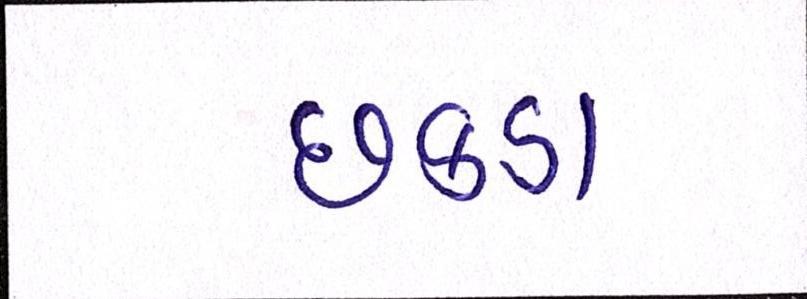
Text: છકડા